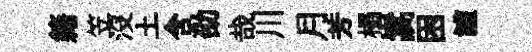
籍笠没土含劭哉川月芳榻嵩困讙